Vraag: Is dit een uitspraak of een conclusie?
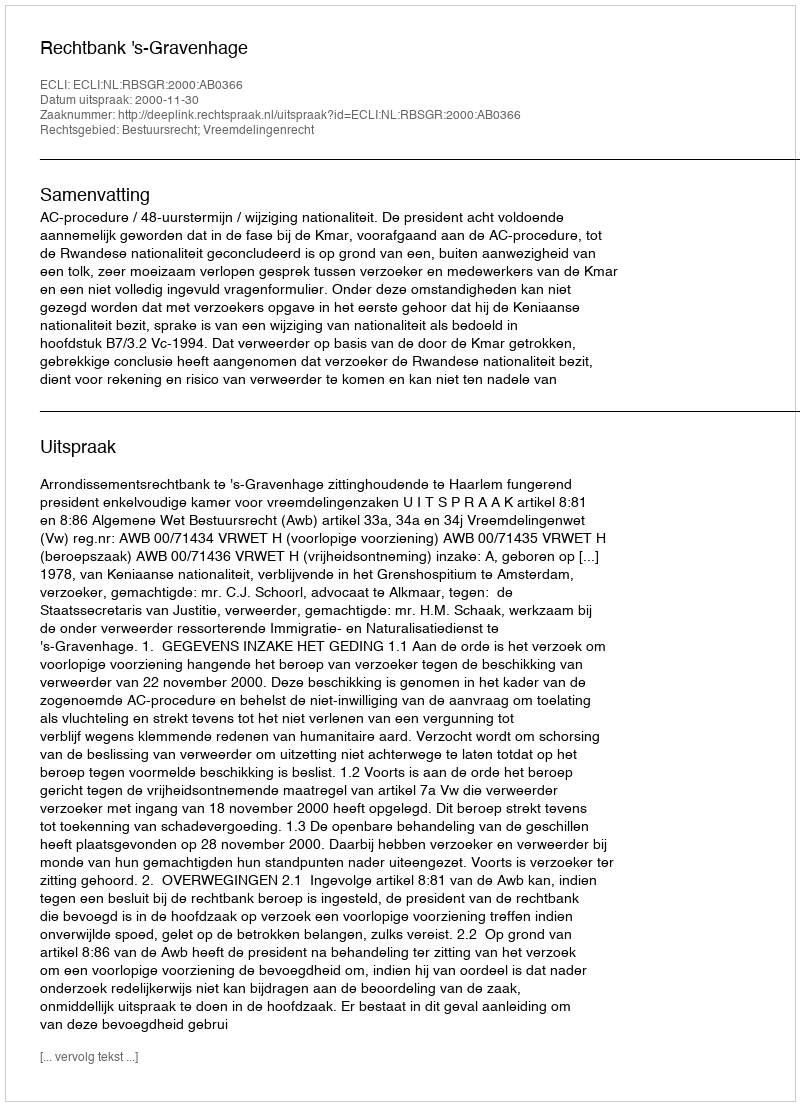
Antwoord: Uitspraak